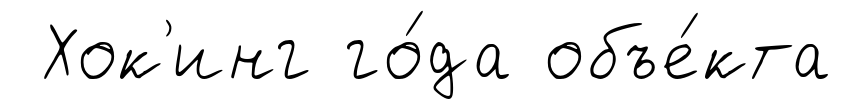
Хок'инг го́да объе́кта